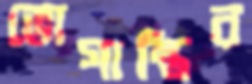
ভোগান্তির